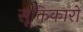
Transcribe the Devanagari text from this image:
सूक्तिकारों